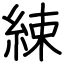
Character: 綀